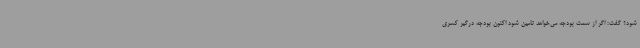
شود؟ گفت: اگر از سمت بودجه می‌خواهد تامین شود اکنون بودجه درگیر کسری